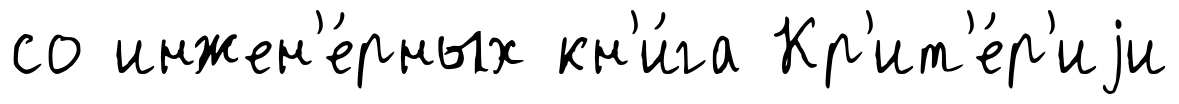
со инжен'е́рных кн'и́га Кр'ит'е́р'иjи